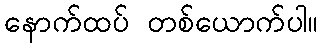
နောက်ထပ် တစ်ယောက်ပါ။